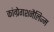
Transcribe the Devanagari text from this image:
कांग्रेगशनैलिज्म